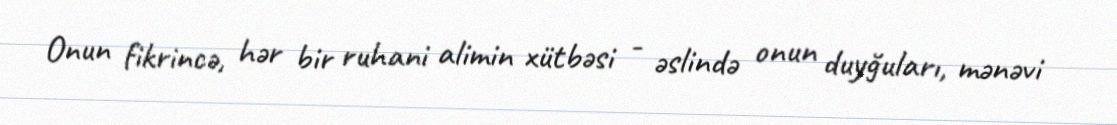
Onun fikrincə, hər bir ruhani alimin xütbəsi - əslində onun duyğuları, mənəvi